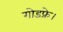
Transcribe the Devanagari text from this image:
गोडफ्रे।